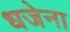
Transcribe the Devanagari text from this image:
धजेना